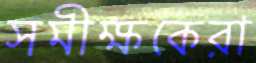
সমীক্ষকেরা